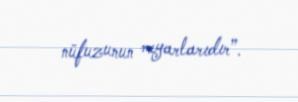
nüfuzunun meyarlarıdır”.